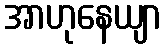
အာဟုနေယျာ